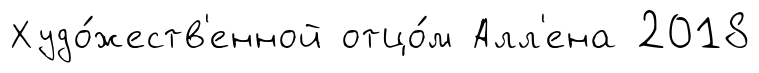
Худо́жеств'енной отцо́м Алл'ена 2018